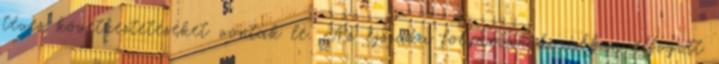
téves következtetéseket vontak le. Az éjszaka folyamán korábban elfogott